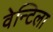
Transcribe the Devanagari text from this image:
वेन्टिला